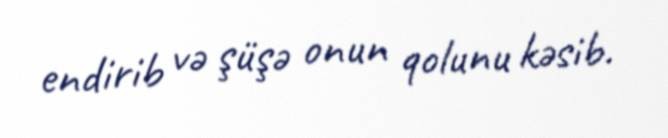
endirib və şüşə onun qolunu kəsib.